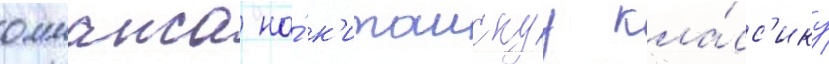
оммажа на́ к'итаискуу кла́сс'ику